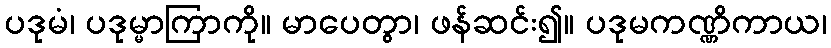
ပဒုမံ၊ ပဒုမ္မာကြာကို။ မာပေတွာ၊ ဖန်ဆင်း၍။ ပဒုမကဏ္ဏိကာယ၊